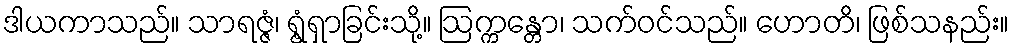
ဒါယကာသည်။ သာရဇ္ဇံ၊ ရွံ့ရှာခြင်းသို့။ ဩက္ကန္တော၊ သက်ဝင်သည်။ ဟောတိ၊ ဖြစ်သနည်း။